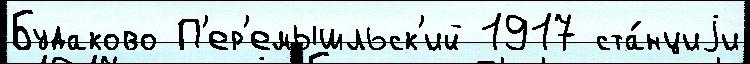
Будаково П'ер'емышльск'ий 1917 ста́нциjи